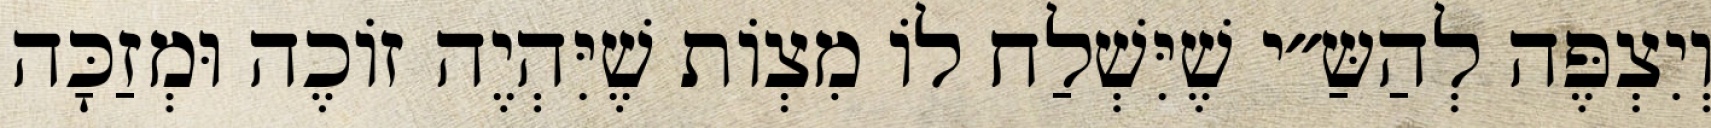
וְיִצְפֶּה לְהַשַּ״י שֶׁיִּשְׁלַח לוֹ מִצְוֹת שֶׁיִּהְיֶה זוֹכֶה וּמְזַכָּה